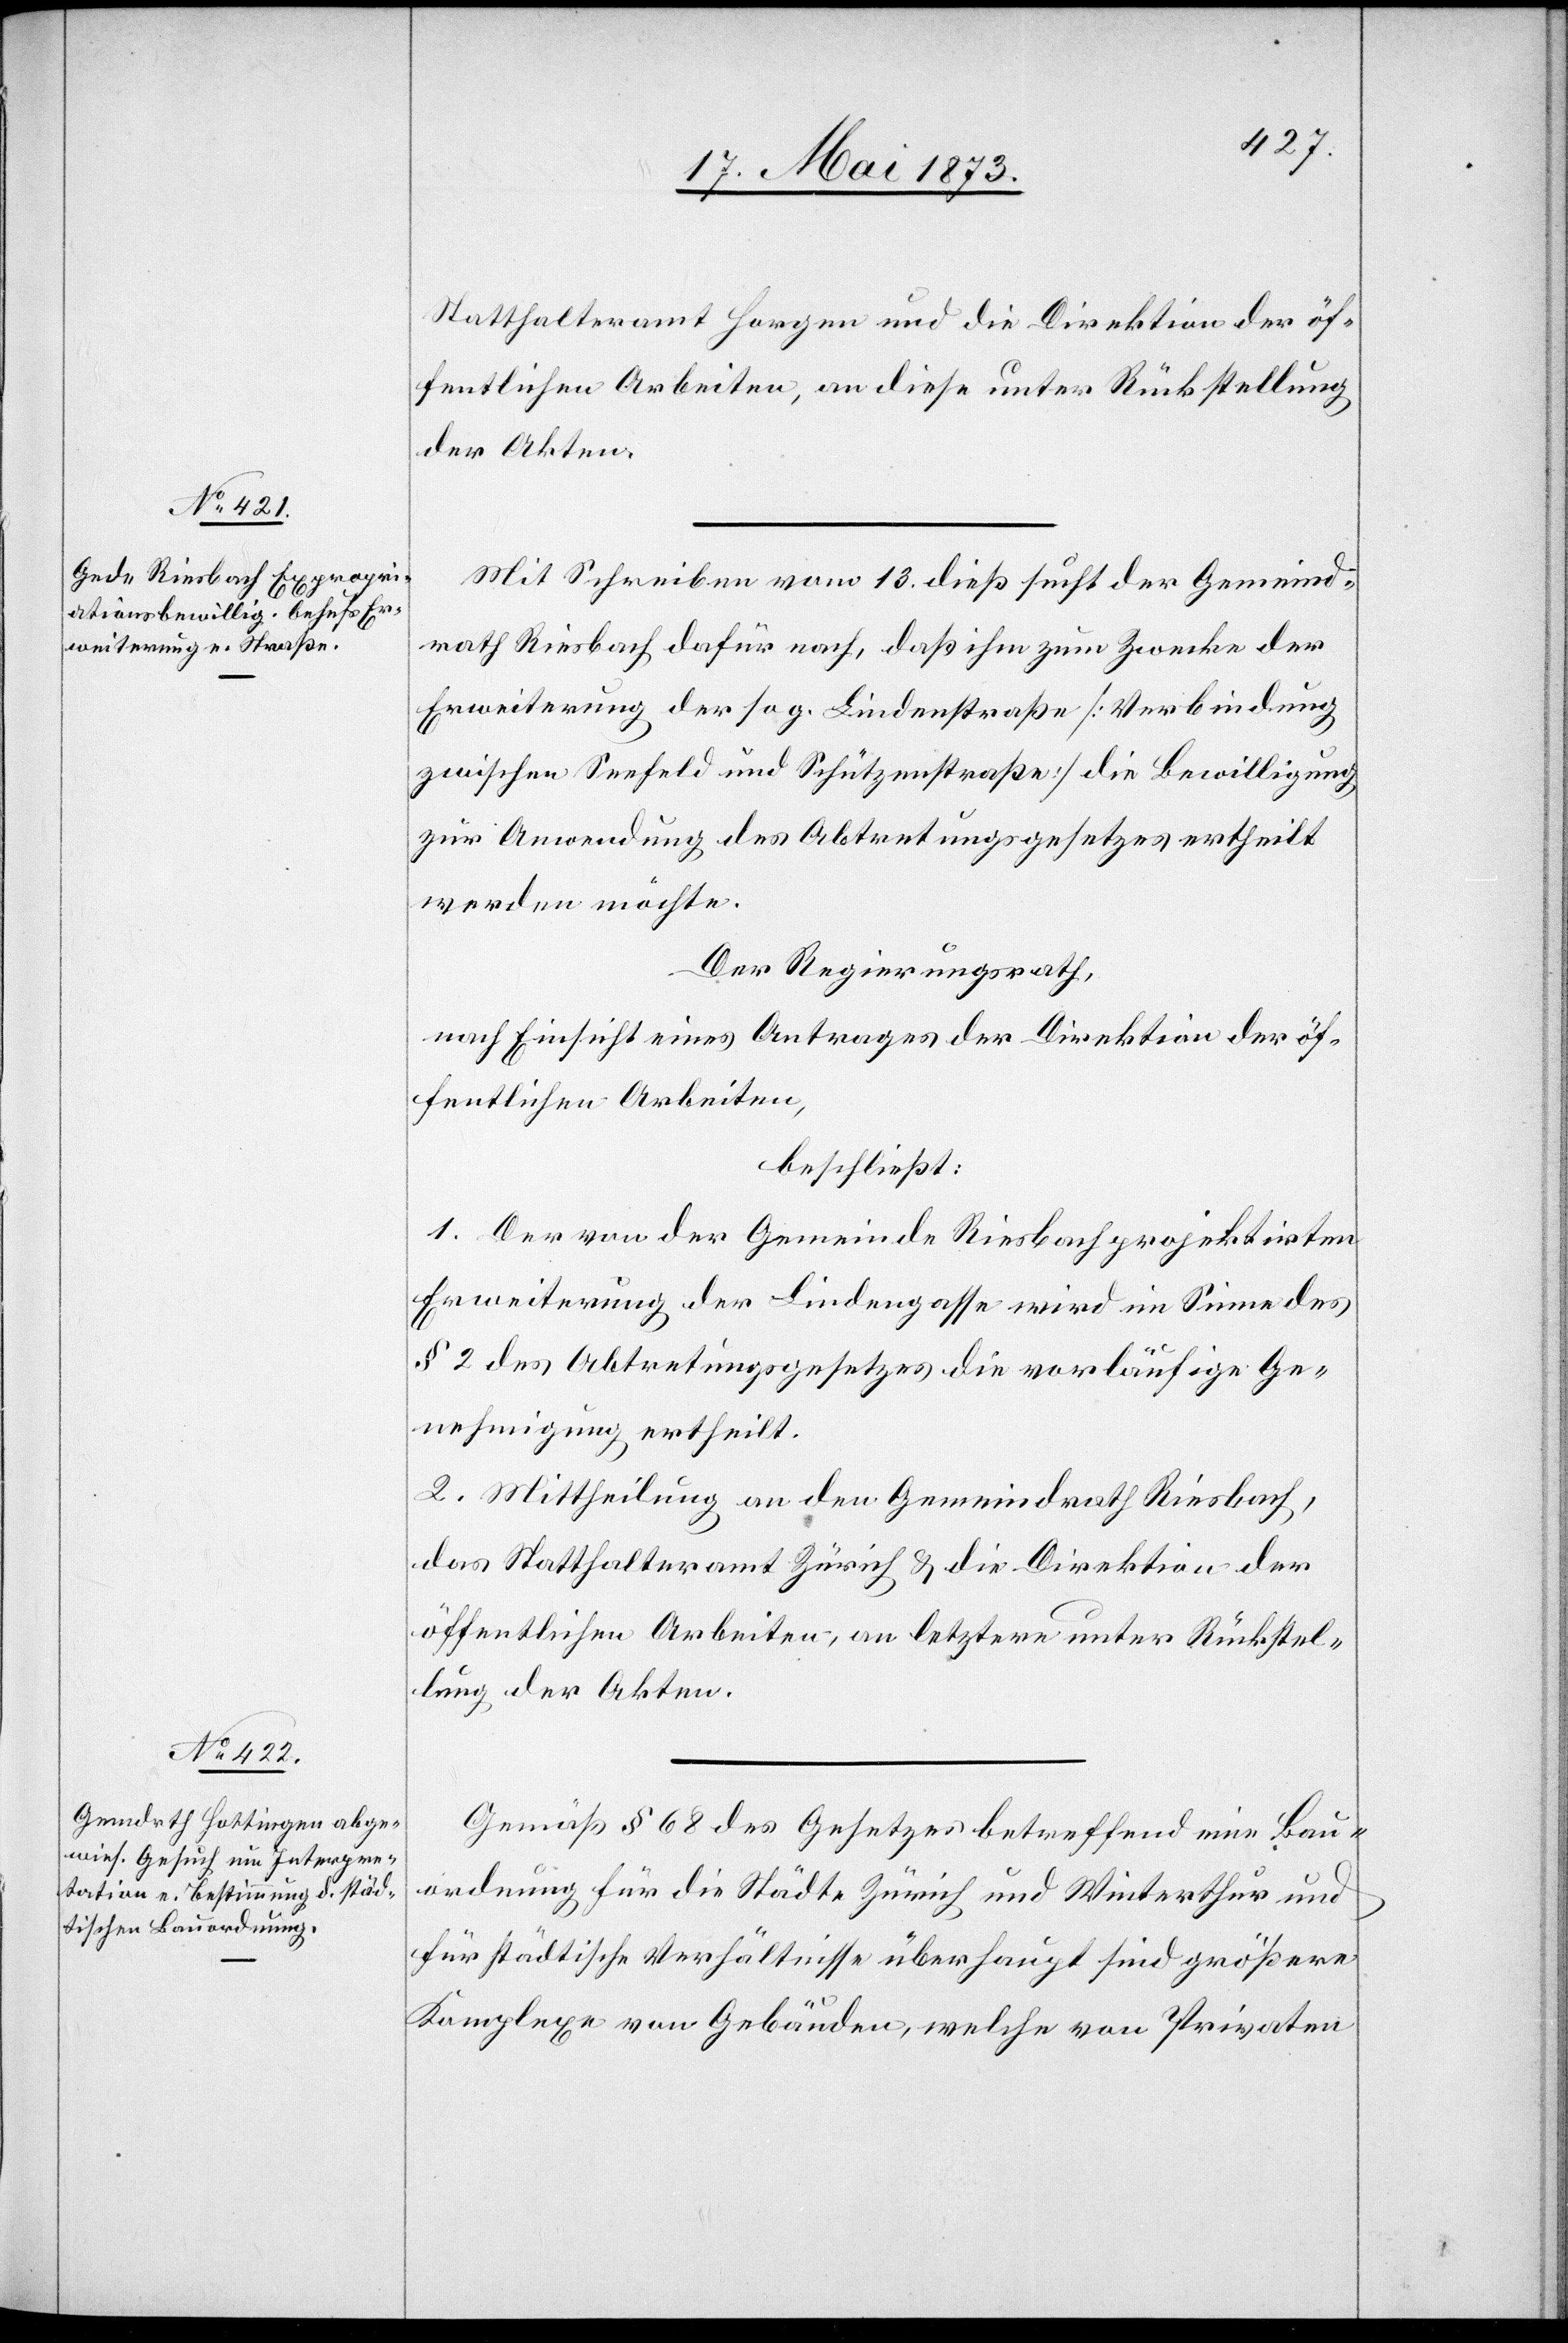
Statthalteramt Horgen und die Direktion der öf¬
fentlichen Arbeiten, an diese unter Rückstellung
der Akten.
Mit Schreiben vom 13. dieß sucht der Gemeind¬
rath Riesbach dafür nach, daß ihm zum Zwecke der
Erweiterung der sog. Lindenstraße [Verbindung
zwischen Seefeld und Schützenstraße] die Bewilligung
zur Anwendung des Abtretungsgesetzes ertheilt
werden möchte.
Der Regierungsrath,
nach Einsicht eines Antrages der Direktion der öf¬
fentlichen Arbeiten,
beschließt:
1. Der von der Gemeinde Reisbach projektirten
Erweiterung der Lindengasse [sic!] wird im Sinne des
§ 2 des Abtretungsgesetzes die vorläufige Ge¬
nehmigung ertheilt.
2. Mittheilung an den Gemeindrath Riesbach,
das Statthalteramt Zürich & die Direktion der
öffentlichen Arbeiten, an letztere unter Rückstel¬
lung der Akten.
Gemäß § 68 des Gesetzes betreffend eine Bau¬
ordnung für die Städte Zürich und Winterthur und
für städtische Verhältnisse überhaupt sind größere
Komplexe von Gebäuden, welche von Privaten